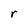
Character: r